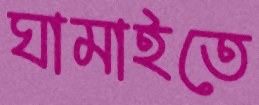
ঘামাইতে